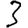
Digit: 3